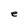
Character: e